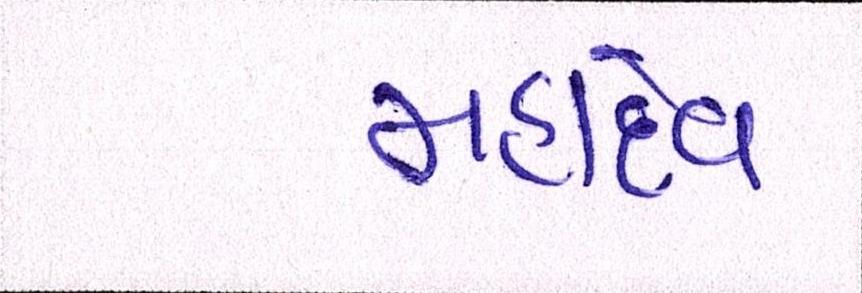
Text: મહાદેવ